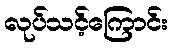
လုပ်သင့်ကြောင်း